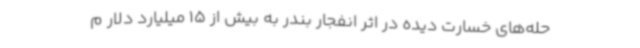
حله‌های خسارت دیده در اثر انفجار بندر به بیش از 15 میلیارد دلار م